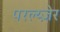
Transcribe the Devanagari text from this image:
परल्य्ज़ेर